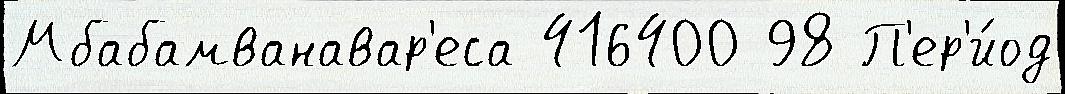
Мбабамванавар'еса 416400 98 П'ер'и́од